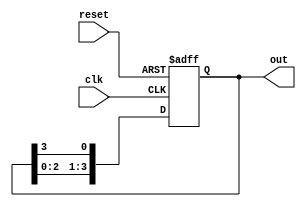
module bistable_ring_counter #(
    parameter N = 4  // Number of flip-flops (ring size)
)(
    input wire clk,         // Clock input
    input wire reset,       // Asynchronous reset
    output reg [N-1:0] out  // Counter outputs
);

// Internal flip-flop register to hold the states
reg [N-1:0] state;

// Always block for state update
always @(posedge clk or posedge reset) begin
    if (reset) begin
        // On reset, initialize state to 1 followed by N-1 zeros
        state <= 1'b1 << (N-1);  // For N=4, this sets state to 0001 (for flip-flop count)
    end else begin
        // Shift the state to the right to create the ring effect
        state <= {state[N-2:0], state[N-1]};
    end
end

// Assigning the state to the output
always @(*) begin
    out = state; // Output reflects the current state
end

endmodule